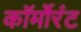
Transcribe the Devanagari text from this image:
कॉर्मोरंट